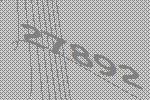
27892